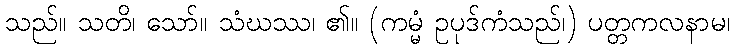
သည်။ သတိ၊ သော်။ သံဃဿ၊ ၏။ (ကမ္မံ ဥပုဒ်ကံသည်၊) ပတ္တကလနာမ၊